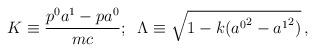
LaTeX: \begin{align*}K\equiv\frac{p^{0}a^{1}-pa^{0}}{mc};\;\;\Lambda\equiv\sqrt{1-k({a^{0}}^{2}-{a^{1}}^{2})}\,,\end{align*}